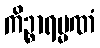
ကိဉ္စာရမ္မဏံ